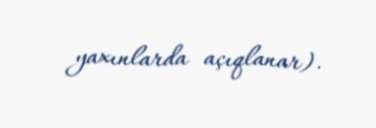
yaxınlarda açıqlanar).